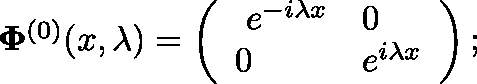
\begin{array} { r } { \mathbf { \Phi } ^ { ( 0 ) } ( x , \lambda ) = \left( \begin{array} { l l } { \ e ^ { - i \lambda x } } & { 0 } \\ { 0 } & { e ^ { i \lambda x } } \end{array} \right) ; } \end{array}